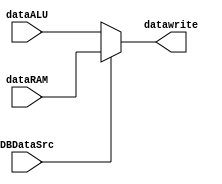
`timescale 1ns / 1ps
//////////////////////////////////////////////////////////////////////////////////
// Company: 
// Engineer: 
// 
// Design Name: 
// Module Name: regWriteData
// Project Name: 
// Target Devices: 
// Tool Versions: 
// Description: 
// 
// Dependencies: 
// 
// Revision:
// Revision 0.01 - File Created
// Additional Comments:
// 
//////////////////////////////////////////////////////////////////////////////////


module regWriteData(input DBDataSrc, input [31:0] dataALU, input [31:0] dataRAM, output [31:0] datawrite);
    assign datawrite = DBDataSrc ? dataRAM : dataALU;
endmodule